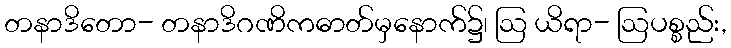
တနာဒိတော- တနာဒိဂဏိကဓာတ်မှနောက်၌၊ ဩ ယိရာ- ဩပစ္စည်း,